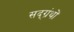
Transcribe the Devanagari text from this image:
सद्ग्रंथों